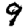
Digit: 9